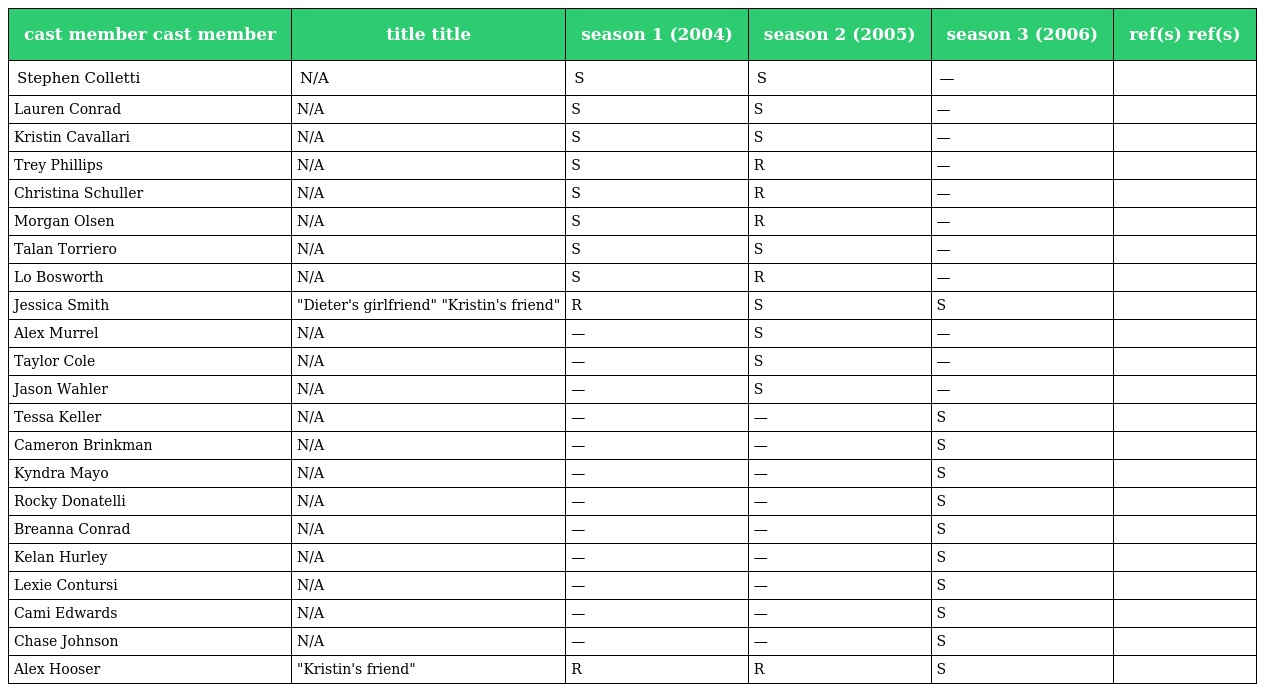
| cast member cast member | title title | season 1 (2004) | season 2 (2005) | season 3 (2006) | ref(s) ref(s) |
 | --- | --- | --- | --- | --- | --- |
 | Stephen Colletti | N/A | S | S | — |  |
 | Lauren Conrad | N/A | S | S | — |  |
 | Kristin Cavallari | N/A | S | S | — |  |
 | Trey Phillips | N/A | S | R | — |  |
 | Christina Schuller | N/A | S | R | — |  |
 | Morgan Olsen | N/A | S | R | — |  |
 | Talan Torriero | N/A | S | S | — |  |
 | Lo Bosworth | N/A | S | R | — |  |
 | Jessica Smith | "Dieter's girlfriend" "Kristin's friend" | R | S | S |  |
 | Alex Murrel | N/A | — | S | — |  |
 | Taylor Cole | N/A | — | S | — |  |
 | Jason Wahler | N/A | — | S | — |  |
 | Tessa Keller | N/A | — | — | S |  |
 | Cameron Brinkman | N/A | — | — | S |  |
 | Kyndra Mayo | N/A | — | — | S |  |
 | Rocky Donatelli | N/A | — | — | S |  |
 | Breanna Conrad | N/A | — | — | S |  |
 | Kelan Hurley | N/A | — | — | S |  |
 | Lexie Contursi | N/A | — | — | S |  |
 | Cami Edwards | N/A | — | — | S |  |
 | Chase Johnson | N/A | — | — | S |  |
 | Alex Hooser | "Kristin's friend" | R | R | S |  |